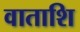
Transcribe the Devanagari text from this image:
वाताशि